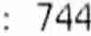
: 744